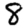
Digit: 8